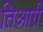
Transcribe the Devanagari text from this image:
तिआरी